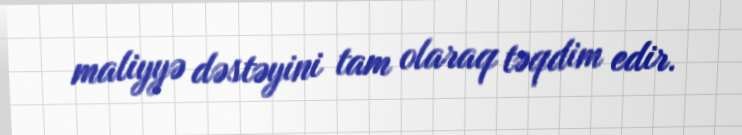
maliyyə dəstəyini tam olaraq təqdim edir.